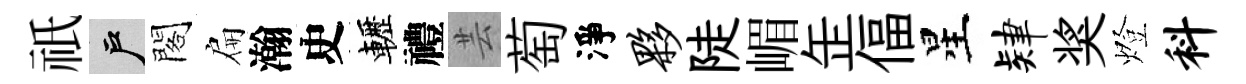
祇户閣扁瀚史轣禮芸萄淨夥陡嵋𦈢偪星肄奖燈料